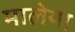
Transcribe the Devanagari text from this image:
मालेया